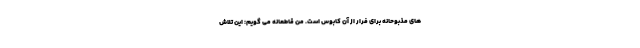
های مذبوحانه برای فرار از آن کابوس است. من قاطعانه می گویم: این تلاش